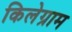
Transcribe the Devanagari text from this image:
किलेग्राम